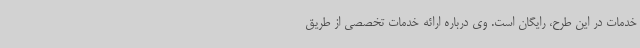
خدمات در این طرح، رایگان است. وی درباره ارائه خدمات تخصصی از طریق